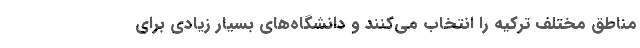
مناطق مختلف ترکیه را انتخاب می‌کنند و دانشگاه‌های بسیار زیادی برای